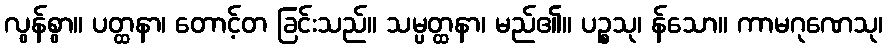
လွန်စွာ။ ပတ္ထနာ၊ တောင့်တ ခြင်းသည်။ သမ္ပတ္ထနာ၊ မည်၏။ ပဉ္စသု၊ န်သော။ ကာမဂုဏေသု၊